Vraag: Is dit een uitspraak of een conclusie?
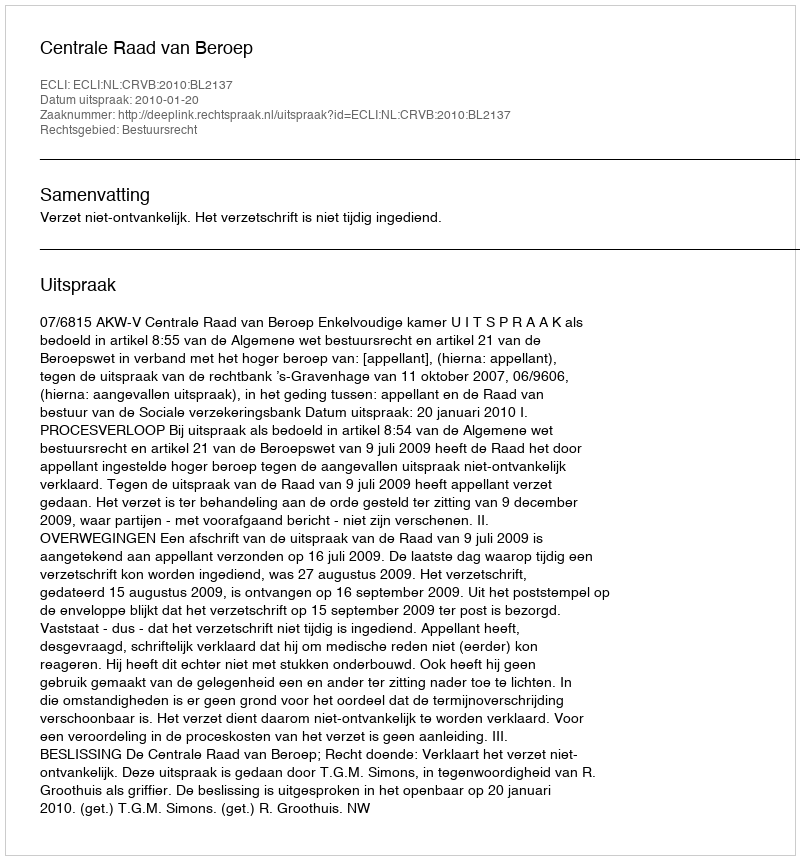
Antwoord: Uitspraak